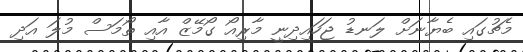
މެޗުގައި ބެޔާނަށް ލަނޑު ޖަހައިދިނީ މާރިއޯ ގޯމޭޒް އާއި ތޯމަސް މުލަ އަދި